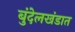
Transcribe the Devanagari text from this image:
बुंदेलखंडात